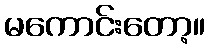
မကောင်းတော့။